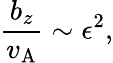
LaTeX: \frac{b_{z}}{v_{\mathrm{A}}}\sim\epsilon^{2},